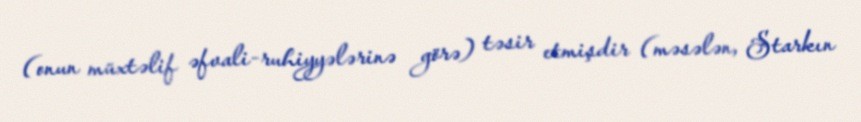
(onun müxtəlif əfvali-ruhiyyələrinə görə) təsir etmişdir (məsələn, Starkın